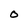
Character: 0